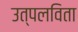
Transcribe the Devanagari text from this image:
उत्पलविता